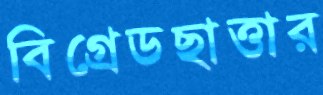
বিগ্রেডছাত্তার